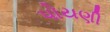
પોયણી